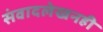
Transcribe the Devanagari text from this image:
संवादलेखनही